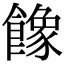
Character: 𩞧